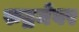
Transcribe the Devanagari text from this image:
रुद्रमेवर